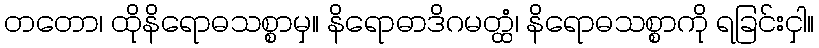
တတော၊ ထိုနိရောဓသစ္စာမှ။ နိရောဓာဒိဂမတ္ထံ၊ နိရောဓသစ္စာကို ရခြင်းငှါ။